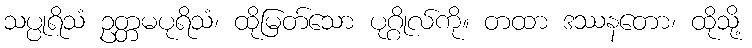
သပ္ပုရိသံ ဥတ္တမပုရိသံ၊ ထိုမြတ်သော ပုဂ္ဂိုလ်ကို။ တထာ ဒဿနတော၊ ထိုသို့